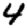
Digit: 4